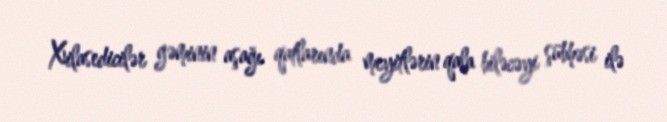
Xilasedicilər gəminin aşağı qatlarında meyitlərin qala biləcəyi şübhəsi ilə